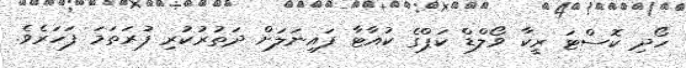
ހޯދި ކޮސްޓަ ރީކާ ވޯލްޑް ކަޕްގެ ކުއާޓާ ފައިނަލަށް ދަތުރުކުރި ފުރަތަމަ ފަހަރެވެ.